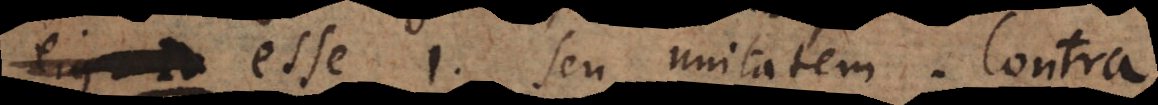
v esse 1 seu unitatem. Contra